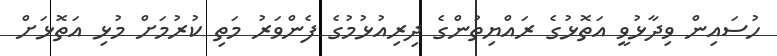
ހުސައިން ވިދާޅުވީ އަތޮޅުގެ ރައްޔިތުންގެ ދިރިއުޅުމުގެ ފެންވަރު މަތި ކުރުމަށް މުޅި އަތޮޅަށް